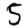
Digit: 5